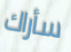
سأراك